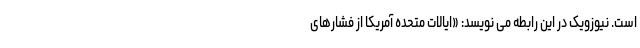
است. نیوزویک در این رابطه می نویسد: «ایالات متحده آمریکا از فشارهای